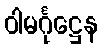
ဝါမင်္ဂုဋ္ဌေန